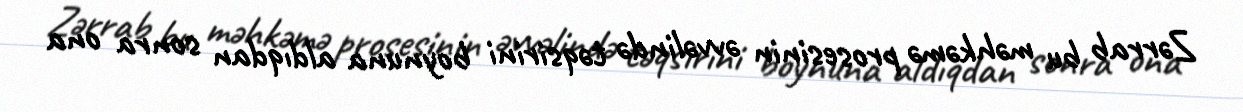
Zərrab bu məhkəmə prosesinin əvvəlində təqsirini boynuna aldıqdan sonra ona